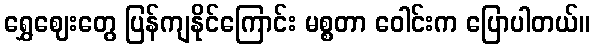
ရွှေဈေးတွေ ပြန်ကျနိုင်ကြောင်း မစ္စတာ ဝေါင်းက ပြောပါတယ်။